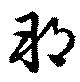
邦